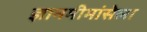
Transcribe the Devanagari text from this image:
ज्ञानमीमांसेला